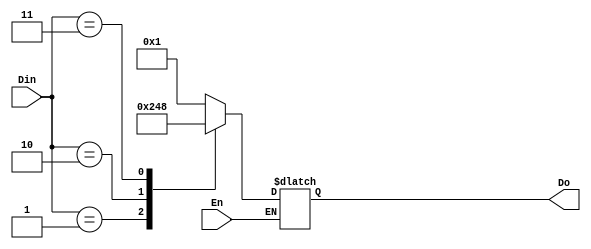
module decoder_case(Do,Din,En);
input En;
input [1:0]Din;
output [3:0]Do;

reg[3:0]Do;

always @ (En or Din)
begin
if(En)
begin
case(Din)
	2'b00: Do = 4'b0001;
	2'b01: Do = 4'b0010;
	2'b10: Do = 4'b0100;
	2'b11: Do = 4'b1000;
default:Do=4'bzzzz;
endcase
end
end
endmodule

module test_dec;
reg [1:0]Din;
reg En;
wire [3:0]Do;

decoder_case uut(.Do(Do),.Din(Din),.En(En));
initial begin
	$dumpfile("testdec.vcd");
	$dumpvars(0,test_dec);
	En = 1;
	Din = 2'b00;#100;
	Din = 2'b01;#100;
	Din = 2'b10;#100;
	Din = 2'b11;#100;
end
endmodule